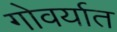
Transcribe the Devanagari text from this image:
गोवर्यात